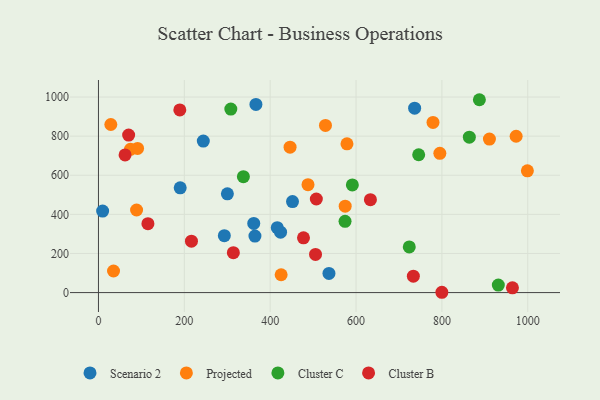
{"axis": {"x": "Study Hours", "y": "Fuel Efficiency"}, "legend": ["Cluster B", "Cluster C", "Projected", "Scenario 2"], "data": [{"x": "736.5", "y": 943.3, "type": "Scenario 2"}, {"x": "416.5", "y": 332.0, "type": "Scenario 2"}, {"x": "9.7", "y": 417.1, "type": "Scenario 2"}, {"x": "536.9", "y": 98.0, "type": "Scenario 2"}, {"x": "364.5", "y": 289.1, "type": "Scenario 2"}, {"x": "300.3", "y": 505.1, "type": "Scenario 2"}, {"x": "424.2", "y": 308.9, "type": "Scenario 2"}, {"x": "452.0", "y": 465.3, "type": "Scenario 2"}, {"x": "293.2", "y": 290.9, "type": "Scenario 2"}, {"x": "366.8", "y": 962.1, "type": "Scenario 2"}, {"x": "244.2", "y": 774.9, "type": "Scenario 2"}, {"x": "361.7", "y": 353.7, "type": "Scenario 2"}, {"x": "190.4", "y": 535.8, "type": "Scenario 2"}, {"x": "425.5", "y": 91.3, "type": "Projected"}, {"x": "74.5", "y": 732.9, "type": "Projected"}, {"x": "446.3", "y": 743.8, "type": "Projected"}, {"x": "35.1", "y": 110.3, "type": "Projected"}, {"x": "528.8", "y": 854.9, "type": "Projected"}, {"x": "779.3", "y": 870.2, "type": "Projected"}, {"x": "578.9", "y": 760.6, "type": "Projected"}, {"x": "574.7", "y": 442.1, "type": "Projected"}, {"x": "795.2", "y": 712.2, "type": "Projected"}, {"x": "999.1", "y": 622.9, "type": "Projected"}, {"x": "88.8", "y": 422.4, "type": "Projected"}, {"x": "91.1", "y": 737.1, "type": "Projected"}, {"x": "28.8", "y": 859.7, "type": "Projected"}, {"x": "488.1", "y": 552.0, "type": "Projected"}, {"x": "972.9", "y": 799.5, "type": "Projected"}, {"x": "910.7", "y": 784.9, "type": "Projected"}, {"x": "887.3", "y": 986.3, "type": "Cluster C"}, {"x": "337.6", "y": 592.9, "type": "Cluster C"}, {"x": "745.9", "y": 704.9, "type": "Cluster C"}, {"x": "724.0", "y": 233.4, "type": "Cluster C"}, {"x": "931.4", "y": 38.4, "type": "Cluster C"}, {"x": "308.3", "y": 938.7, "type": "Cluster C"}, {"x": "863.9", "y": 794.6, "type": "Cluster C"}, {"x": "591.4", "y": 550.4, "type": "Cluster C"}, {"x": "574.4", "y": 364.4, "type": "Cluster C"}, {"x": "507.5", "y": 478.5, "type": "Cluster B"}, {"x": "477.6", "y": 280.3, "type": "Cluster B"}, {"x": "964.3", "y": 24.5, "type": "Cluster B"}, {"x": "189.5", "y": 934.2, "type": "Cluster B"}, {"x": "115.2", "y": 352.5, "type": "Cluster B"}, {"x": "733.5", "y": 83.8, "type": "Cluster B"}, {"x": "216.6", "y": 262.8, "type": "Cluster B"}, {"x": "505.6", "y": 195.2, "type": "Cluster B"}, {"x": "70.3", "y": 805.3, "type": "Cluster B"}, {"x": "314.2", "y": 203.9, "type": "Cluster B"}, {"x": "799.9", "y": 1.6, "type": "Cluster B"}, {"x": "62.0", "y": 704.2, "type": "Cluster B"}, {"x": "633.5", "y": 475.2, "type": "Cluster B"}]}